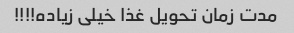
مدت زمان تحویل غذا خیلی زیاده!!!!